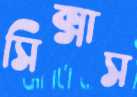
সিক্সাস